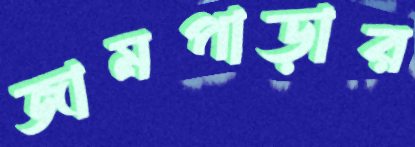
জামপাড়ার